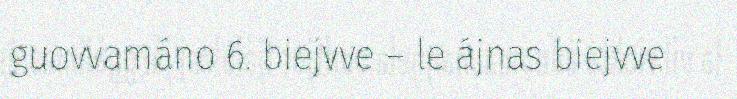
guovvamáno 6. biejvve – le ájnas biejvve